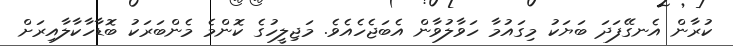
ކުރާން އެނގޭފަދަ ބަޔަކު މިގައުމާ ހަވާލުވާން އެބަޖެހެއެވެ. މަޖިލީހުގެ ކޮންމެ މެންބަރަކު ބޮޑާހާކާލާއިރަށް